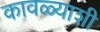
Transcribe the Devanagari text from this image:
कावळ्याशी